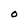
Character: O